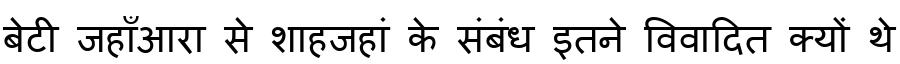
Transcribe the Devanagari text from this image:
बेटी जहाँआरा से शाहजहां के संबंध इतने विवादित क्यों थे